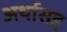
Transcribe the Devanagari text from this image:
अर्थासह